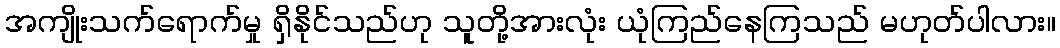
အကျိုးသက်ရောက်မှု ရှိနိုင်သည်ဟု သူတို့အားလုံး ယုံကြည်နေကြသည် မဟုတ်ပါလား။